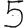
Digit: 5